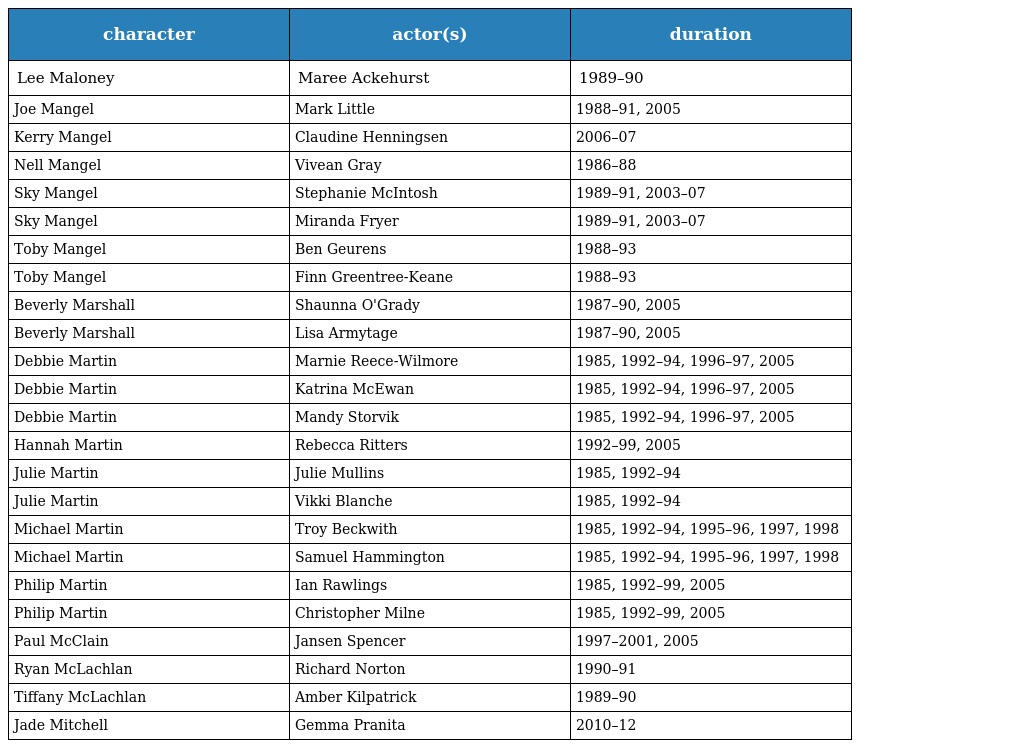
| character | actor(s) | duration |
 | --- | --- | --- |
 | Lee Maloney | Maree Ackehurst | 1989–90 |
 | Joe Mangel | Mark Little | 1988–91, 2005 |
 | Kerry Mangel | Claudine Henningsen | 2006–07 |
 | Nell Mangel | Vivean Gray | 1986–88 |
 | Sky Mangel | Stephanie McIntosh | 1989–91, 2003–07 |
 | Sky Mangel | Miranda Fryer | 1989–91, 2003–07 |
 | Toby Mangel | Ben Geurens | 1988–93 |
 | Toby Mangel | Finn Greentree-Keane | 1988–93 |
 | Beverly Marshall | Shaunna O'Grady | 1987–90, 2005 |
 | Beverly Marshall | Lisa Armytage | 1987–90, 2005 |
 | Debbie Martin | Marnie Reece-Wilmore | 1985, 1992–94, 1996–97, 2005 |
 | Debbie Martin | Katrina McEwan | 1985, 1992–94, 1996–97, 2005 |
 | Debbie Martin | Mandy Storvik | 1985, 1992–94, 1996–97, 2005 |
 | Hannah Martin | Rebecca Ritters | 1992–99, 2005 |
 | Julie Martin | Julie Mullins | 1985, 1992–94 |
 | Julie Martin | Vikki Blanche | 1985, 1992–94 |
 | Michael Martin | Troy Beckwith | 1985, 1992–94, 1995–96, 1997, 1998 |
 | Michael Martin | Samuel Hammington | 1985, 1992–94, 1995–96, 1997, 1998 |
 | Philip Martin | Ian Rawlings | 1985, 1992–99, 2005 |
 | Philip Martin | Christopher Milne | 1985, 1992–99, 2005 |
 | Paul McClain | Jansen Spencer | 1997–2001, 2005 |
 | Ryan McLachlan | Richard Norton | 1990–91 |
 | Tiffany McLachlan | Amber Kilpatrick | 1989–90 |
 | Jade Mitchell | Gemma Pranita | 2010–12 |